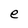
Character: e